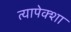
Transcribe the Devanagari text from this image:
त्यापेक्शा